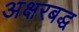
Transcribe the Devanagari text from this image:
अक्षरबद्ध